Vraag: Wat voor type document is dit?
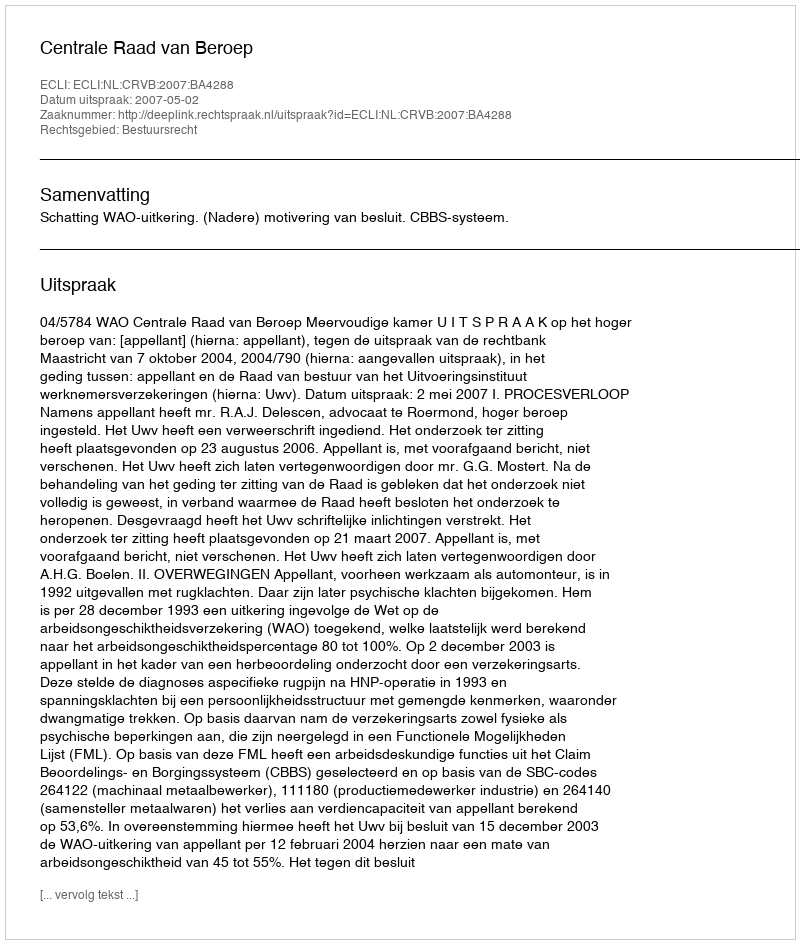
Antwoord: Uitspraak